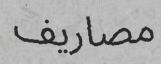
مصاريف